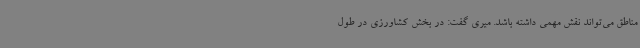
مناطق می‌تواند نقش مهمی داشته باشد. میری گفت: در بخش کشاورزی در طول